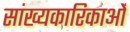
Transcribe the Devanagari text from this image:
सांख्यकारिकाओं